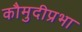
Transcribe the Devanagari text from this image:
कौमुदीप्रभा